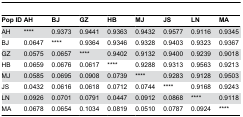
| Pop ID | AH | BJ | GZ | HB | MJ | JS | LN | MA |
 | --- | --- | --- | --- | --- | --- | --- | --- | --- |
 | AH | **** | 0.9373 | 0.9441 | 0.9363 | 0.9432 | 0.9577 | 0.9116 | 0.9345 |
 | BJ | 0.0647 | **** | 0.9364 | 0.9346 | 0.9328 | 0.9403 | 0.9323 | 0.9367 |
 | GZ | 0.0575 | 0.0657 | **** | 0.9402 | 0.9132 | 0.9400 | 0.9239 | 0.9018 |
 | HB | 0.0659 | 0.0676 | 0.0617 | **** | 0.9288 | 0.9313 | 0.9563 | 0.9213 |
 | MJ | 0.0585 | 0.0695 | 0.0908 | 0.0739 | **** | 0.9283 | 0.9128 | 0.9503 |
 | JS | 0.0432 | 0.0616 | 0.0618 | 0.0712 | 0.0744 | **** | 0.9168 | 0.9243 |
 | LN | 0.0926 | 0.0701 | 0.0791 | 0.0447 | 0.0912 | 0.0868 | **** | 0.9118 |
 | MA | 0.0678 | 0.0654 | 0.1034 | 0.0819 | 0.0510 | 0.0787 | 0.0924 | **** |